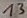
Text: 13